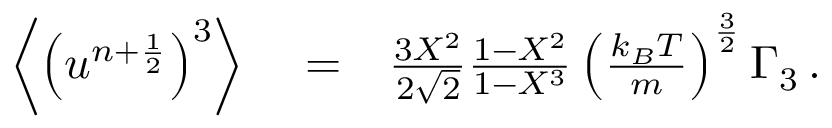
\begin{array} { r l r } { \left\langle \left( u ^ { n + \frac { 1 } { 2 } } \right) ^ { 3 } \right\rangle } & { { } = } & { \frac { 3 X ^ { 2 } } { 2 \sqrt { 2 } } \frac { 1 - X ^ { 2 } } { 1 - X ^ { 3 } } \left( \frac { k _ { B } T } { m } \right) ^ { \frac { 3 } { 2 } } \Gamma _ { 3 } \, . } \end{array}